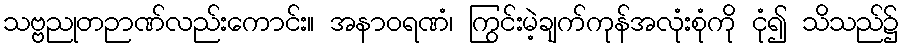
သဗ္ဗညုတဉာဏ်လည်းကောင်း။ အနာဝရဏံ၊ ကြွင်းမဲ့ချက်ကုန်အလုံးစုံကို ငုံ၍ သိသည်၌